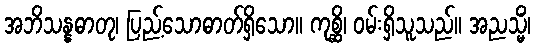
အဘိသန္နဓာတု၊ ပြည့်သောဓာတ်ရှိသော။ ကုစ္ဆိ၊ ဝမ်းရှိသူသည်။ အညသ္မိံ၊